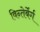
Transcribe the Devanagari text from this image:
विन्तेर्बेर्ग